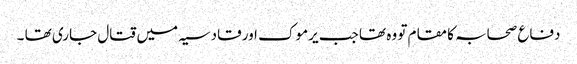
دفاع صحابہ کا مقام تو وہ تھا جب یرموک اور قادسیہ میں قتال جاری تھا ۔